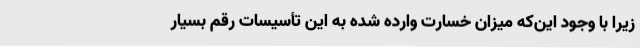
زیرا با وجود این‌که میزان خسارت وارده شده به این تأسیسات رقم بسیار